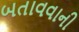
બતાવવાની